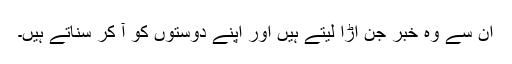
ان سے وہ خبر جن اُڑا لیتے ہیں اور اپنے دوستوں کو آ کر سناتے ہیں۔